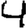
Digit: 4